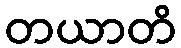
တယာတိ